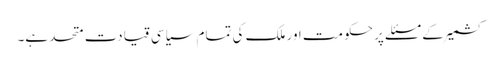
کشمیر کے مسئلے پر حکومت اور ملک کی تمام سیاسی قیادت متحد ہے۔